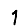
Digit: 1